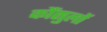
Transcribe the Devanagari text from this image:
कौंसुलों